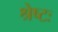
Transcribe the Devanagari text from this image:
श्रेष्टः